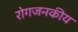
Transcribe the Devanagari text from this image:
रोगजनकीय